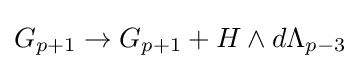
G_{p+1}\rightarrow G_{p+1}+H\wedge d\Lambda _{p-3}